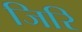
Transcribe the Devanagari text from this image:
जिरि